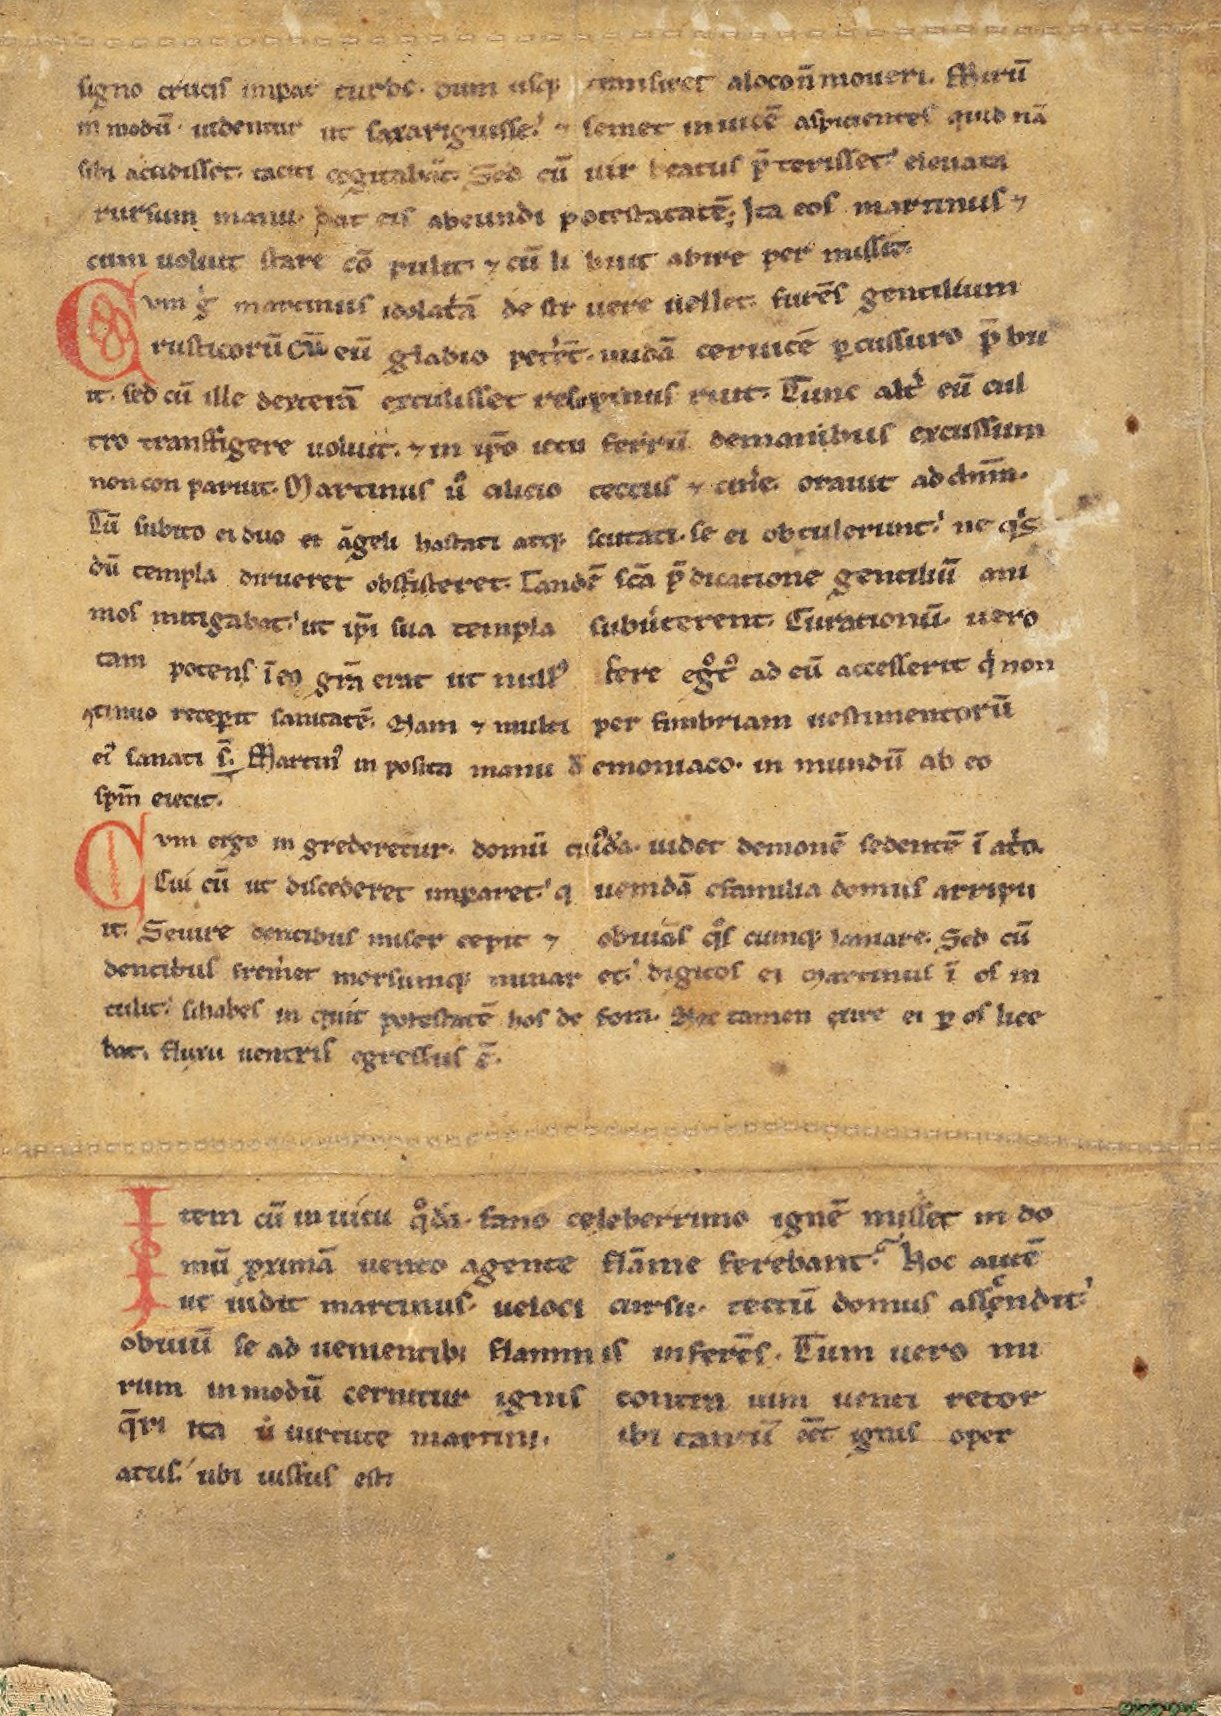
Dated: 800–825